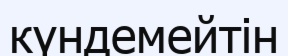
күндемейтін